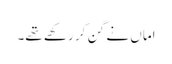
اماں نے گن کر رکھے تھے۔